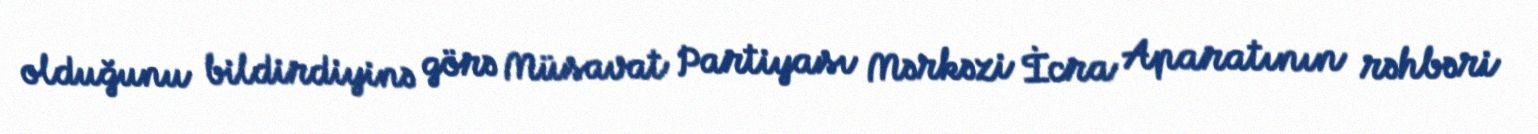
olduğunu bildirdiyinə görə Müsavat Partiyası Mərkəzi İcra Aparatının rəhbəri